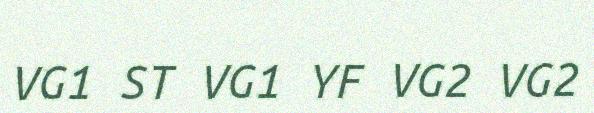
VG1 ST VG1 YF VG2 VG2